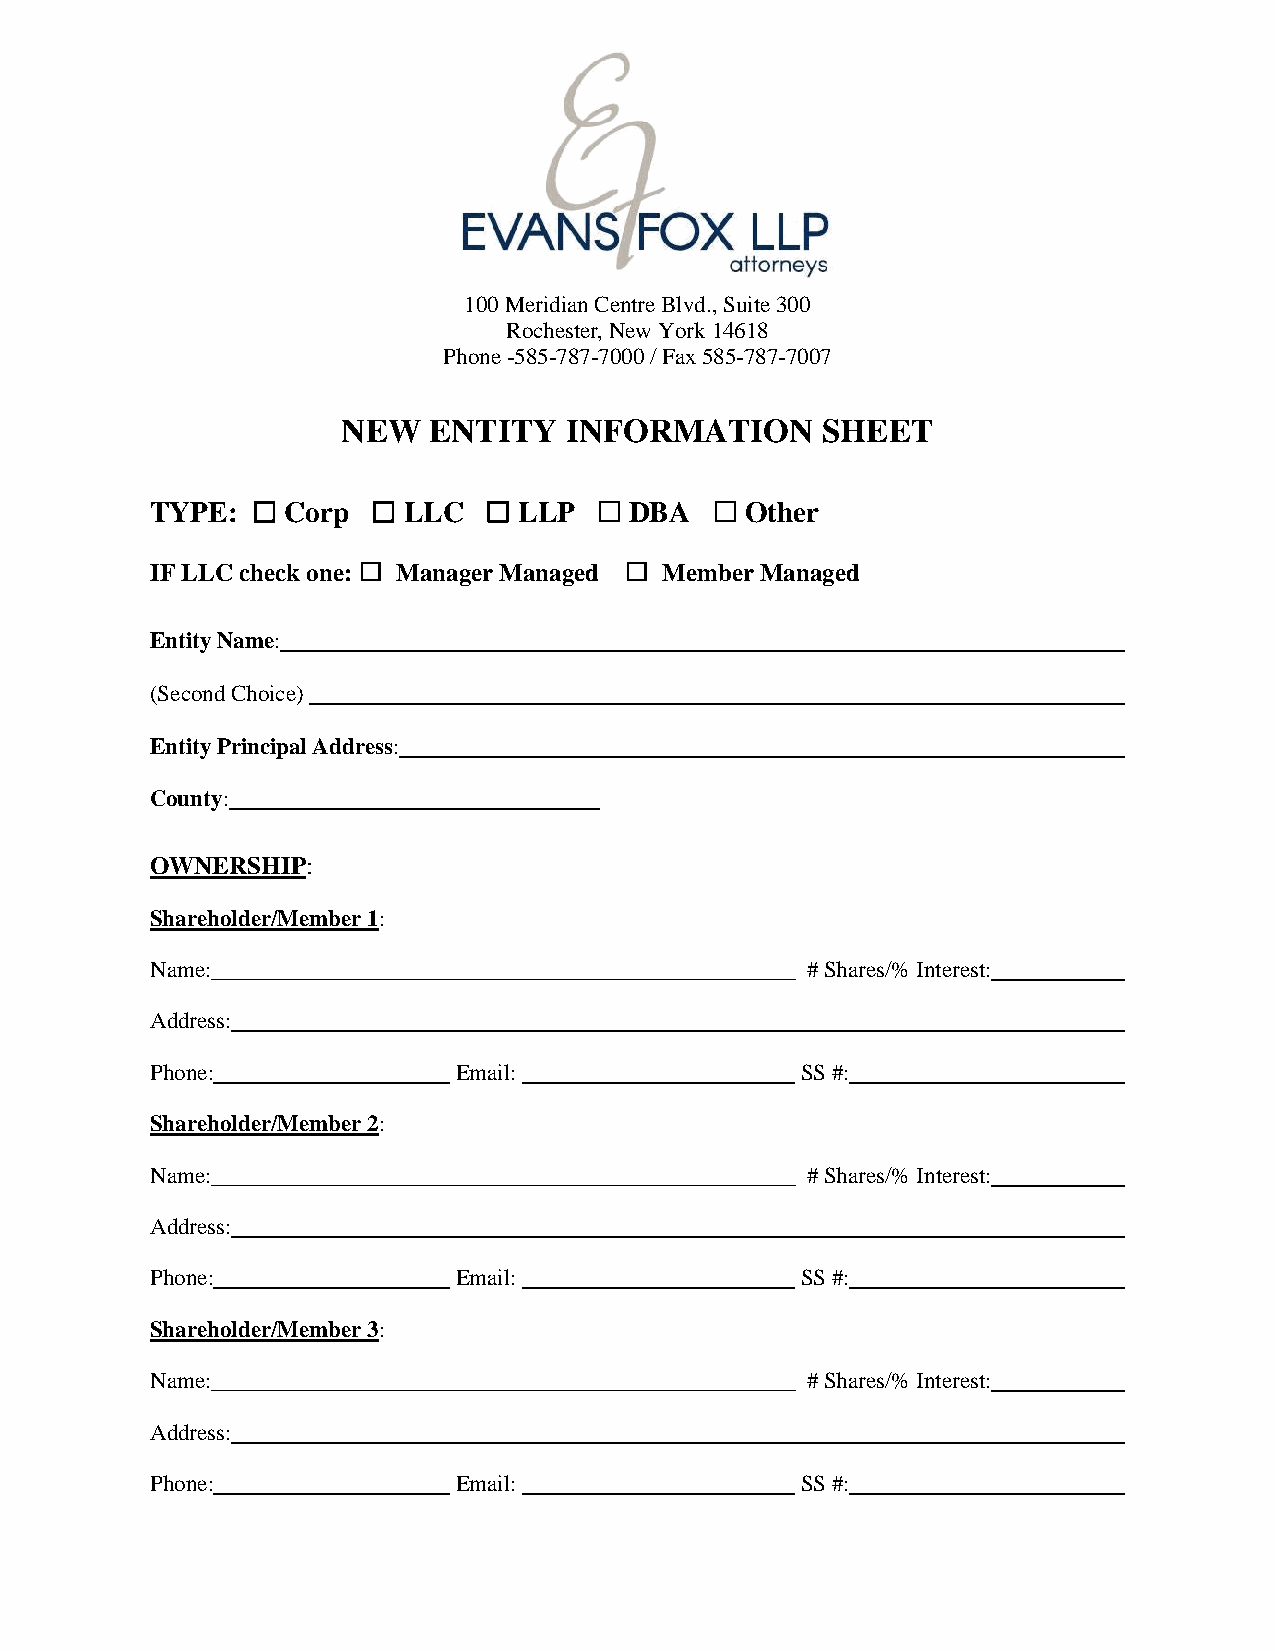
100 Meridian Centre Blvd., Suite 300
 Rochester, New York 14618
 Phone -585-787-7000 / Fax 585-787-7007
 NEW  ENTITY   INFORMATION      SHEET
 TYPE:    Corp    LLC    LLP     DBA    Other
 ☐       ☐      ☐       ☐      ☐
 IF LLC check one: ☐ Manager Managed ☐ Member Managed
 Entity Name:
 (Second Choice)
 Entity Principal Address:
 County:
 OWNERSHIP:
 Shareholder/Member 1:
 Name:___________________________________________________ # Shares/% Interest:
 Address:
 Phone:              Email:                 SS #:
 Shareholder/Member 2:
 Name:___________________________________________________ # Shares/% Interest:
 Address:
 Phone:              Email:                 SS #:
 Shareholder/Member 3:
 Name:___________________________________________________ # Shares/% Interest:
 Address:
 Phone:              Email:                 SS #: